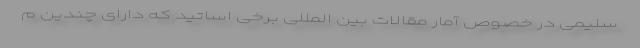
سلیمی در خصوص آمار مقالات بین المللی برخی اساتید که دارای چندین م